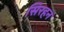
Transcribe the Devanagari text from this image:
सिरहन